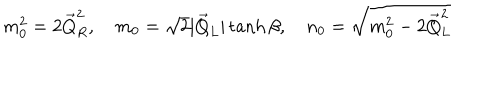
m _ { 0 } ^ { 2 } = 2 \vec { Q } _ { R } ^ { 2 } , \quad m _ { 0 } = \sqrt { 2 } | \vec { Q } _ { L } | \tanh \beta , \quad n _ { 0 } = \sqrt { m _ { 0 } ^ { 2 } - 2 \vec { Q } _ { L } ^ { 2 } }